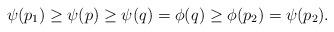
LaTeX: \begin{align*}\psi(p_1) \geq \psi(p) \geq \psi(q) = \phi(q) \geq \phi(p_2) = \psi(p_2).\end{align*}